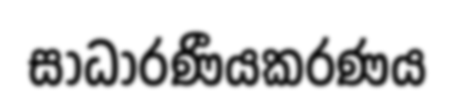
සාධාරණීයකරණය